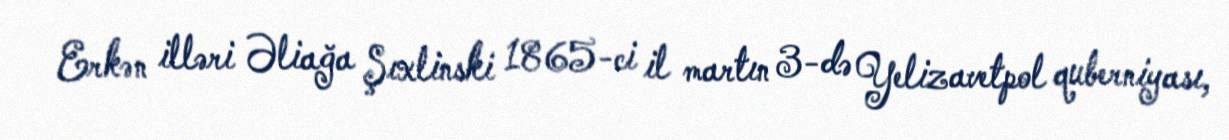
Erkən illəri Əliağa Şıxlinski 1865-ci il martın 3-də Yelizavetpol quberniyası,